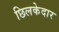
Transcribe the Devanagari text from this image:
छिलकेदार